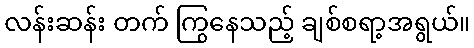
လန်းဆန်း တက် ကြွနေသည့် ချစ်စရာ့အရွယ်။